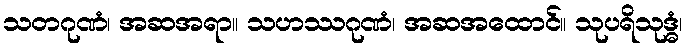
သတဂုဏံ၊ အဆအရာ။ သဟဿဂုဏံ၊ အဆအထောင်။ သုပရိသုဒ္ဓံ၊